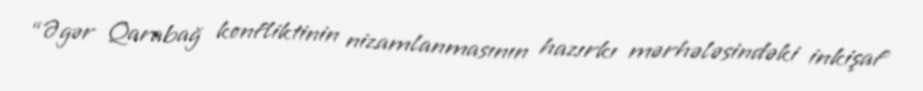
“Əgər Qarabağ konfliktinin nizamlanmasının hazırkı mərhələsindəki inkişaf